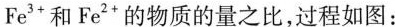
Fe'*和Fe2'的物质的量之比，过程如图：